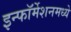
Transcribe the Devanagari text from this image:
इन्फॉर्मेशनमध्ये